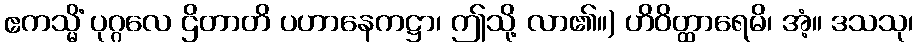
ဧကသ္မိံ ပုဂ္ဂလေ ဌိတာတိ ပဟာနေကဋ္ဌာ၊ ဤသို့ လာ၏။) ဟိဝိတ္ထာရေမိ၊ အံ့။ ဒသသု၊